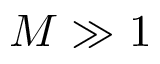
M \gg 1